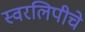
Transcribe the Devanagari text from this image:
स्वरलिपीचे